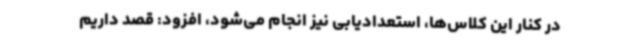
در کنار این کلاس‌ها، استعدادیابی نیز انجام می‌شود، افزود: قصد داریم